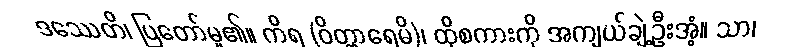
ဒဿေတိ၊ ပြတော်မူ၏။ ကိရ (ဝိတ္ထာရေမိ)၊ ထိုစကားကို အကျယ်ချဲ့ဦးအံ့။ သာ၊